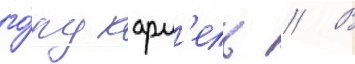
го́ру карм'ель // В